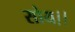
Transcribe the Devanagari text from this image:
सोय।।